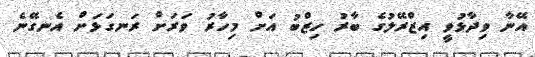
އޭނާ ވިދާޅުވީ އިޒްރޭލުގެ ބާރު ހިޒްބު އަށް މިހާރު ވަރަށް ރަނގަޅަށް އެނގޭނެ